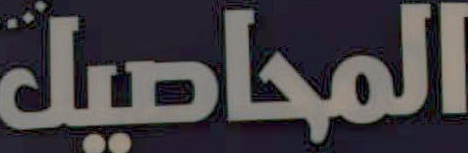
المحاصيل